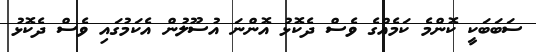
ސަބަބަކީ ކޮންމެ ކަމެއްގެ ވެސް ދެކޮޅު އޮންނަ އުސޫލުން އެކަމުގައި ވެސް ދެކޮޅު